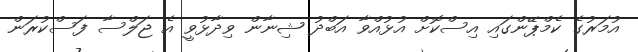
އުމަރުގެ ކެމްޕޭންގައި އިސްކޮށް އުޅުއްވާ އަބްދު ޝިނާން ވިދާޅުވީ އެ ޖަލްސާ ފަސްކުރަން